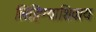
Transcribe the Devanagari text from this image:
लिहिण्याशिवाय